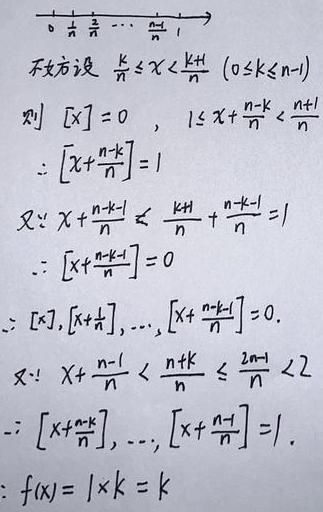
\[
\begin{align*}
&\text{不妨设}\frac{k}{n}\leq x<\frac{k + 1}{n}(0\leq k\leq n - 1)\\
&\text{则 }[x]=0,\ 1\leq x+\frac{n - k}{n}<\frac{n + 1}{n}\\
&\therefore\left[x+\frac{n - k}{n}\right]=1\\
&\text{又}\because x+\frac{n - k - 1}{n}\leq\frac{k + 1}{n}+\frac{n - k - 1}{n}=1\\
&\therefore\left[x+\frac{n - k - 1}{n}\right]=0\\
&\therefore[x],\left[x+\frac{1}{n}\right],\cdots,\left[x+\frac{n - k - 1}{n}\right]=0.\\
&\text{又}\because x+\frac{n - 1}{n}<\frac{n + k}{n}\leq\frac{2n - 1}{n}<2\\
&\therefore\left[x+\frac{n - k}{n}\right],\cdots,\left[x+\frac{n - 1}{n}\right]=1.\\
&\therefore f(x)=1\times k = k
\end{align*}
\]